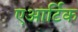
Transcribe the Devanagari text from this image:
एआर्टिक